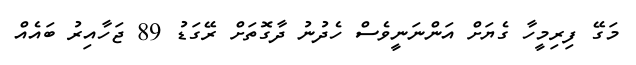
މަގޭ ފިރިމީހާ ގެޔަށް އަންނަނީވެސް ހެދުނު ދާގޮތަށް ރޭގަޑު 89 ޖަހާއިރު ބައެއް